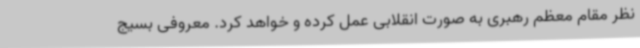
نظر مقام معظم رهبری به صورت انقلابی عمل کرده و خواهد کرد. معروفی بسیج